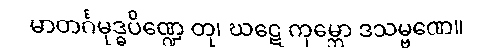
မာတင်္ဂမုဒ္ဓပိဏ္ဍေ တု၊ ဃဋေ ကုမ္ဘော ဒသမ္ဗဏေ။